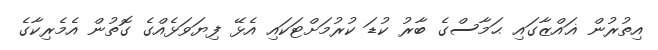
އިތުރުން ޣައްޒާގައި ޙަމާސްގެ ބާރު ކުޑަ ކުރުމަށްޓަކައި އެޅޭ ފިޔަވަޅެއްގެ ގޮތުން އެމެރިކާގެ